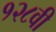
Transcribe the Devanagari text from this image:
१२८वी